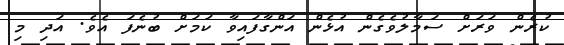
ކުރެން ވަރަށް ސަމާލުވެގެން އުޅެން އަންގާފައިވާ ކަމަށް ބުނެފަ އެވެ. އަދި މި